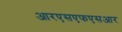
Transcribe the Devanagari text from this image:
आरएसएफएसआर